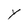
Character: Y